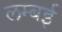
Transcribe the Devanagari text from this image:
लम्बई